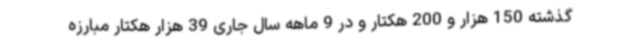
گذشته 150 هزار و 200 هکتار و در 9 ماهه سال جاری 39 هزار هکتار مبارزه